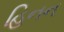
હિનન